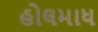
હોલમાધ